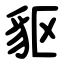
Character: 䝙